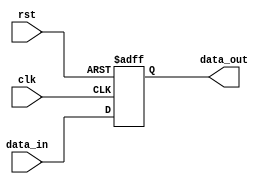
module store_register (
    input wire clk,        // Clock signal
    input wire rst,        // Reset signal
    input wire [N-1:0] data_in, // Input data (N-bit wide)
    output reg [N-1:0] data_out  // Output data (N-bit wide)
);
    parameter N = 8; // Define the width of the register (can be changed as needed)

    // Sequential logic for storing data
    always @(posedge clk or posedge rst) begin
        if (rst) begin
            data_out <= {N{1'b0}}; // Reset output to zero
        end else begin
            data_out <= data_in; // Store input data on clock edge
        end
    end

endmodule